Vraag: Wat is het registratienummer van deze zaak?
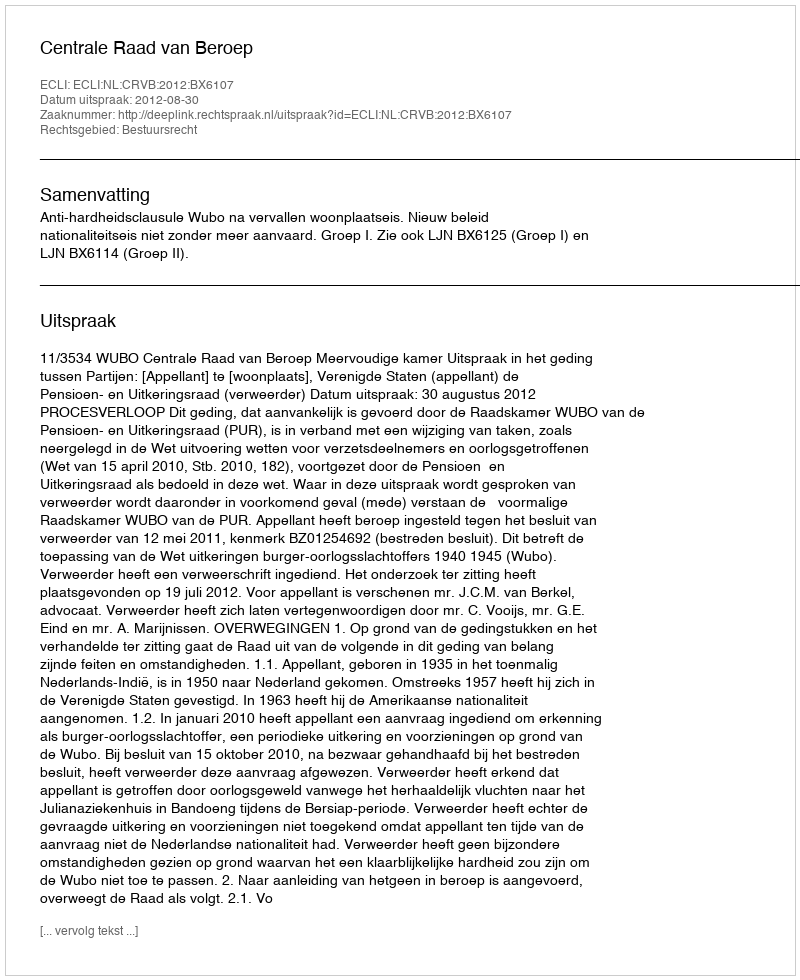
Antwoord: http://deeplink.rechtspraak.nl/uitspraak?id=ECLI:NL:CRVB:2012:BX6107